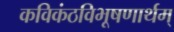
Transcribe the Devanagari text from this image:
कविकंठविभूषणार्थम्